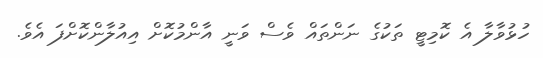
ހުޅުވާލާ އެ ކޮމިޓީ ތަކުގެ ނަންތައް ވެސް ވަނީ އާންމުކޮށް އިއުލާންކޮށްފަ އެެވެ.